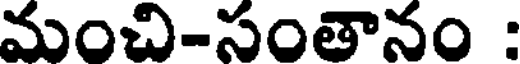
మంచి-సంతానం :